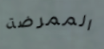
الممرضة